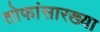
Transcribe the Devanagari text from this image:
तोफांसारख्या